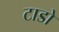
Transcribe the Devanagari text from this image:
टाडो